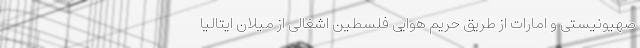
صهیونیستی و امارات از طریق حریم هوایی فلسطین اشغالی از میلان ایتالیا